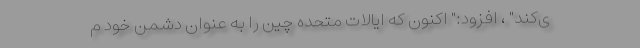
ی‌کند" ، افزود:" اکنون که ایالات متحده چین را به عنوان دشمن خود م